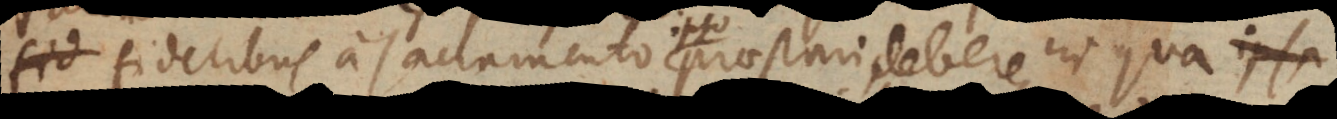
fidelibus a Sacramento praestari debere, in qua ipsa